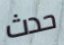
حدث